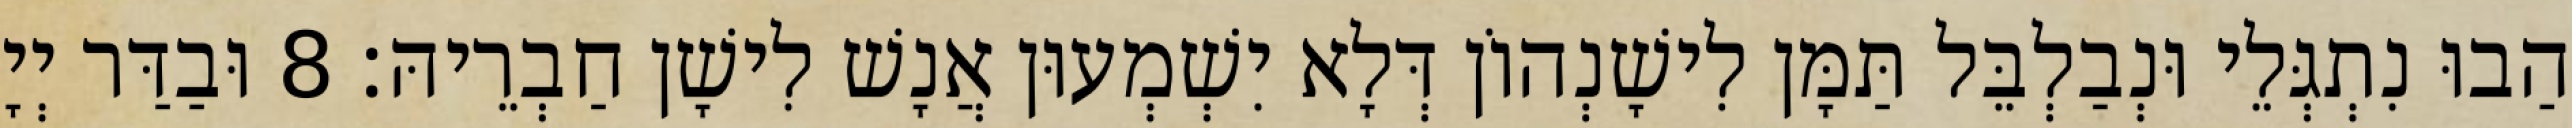
הַבוּ נִתְגְּלֵי וּנְבַלְבֵּל תַּמָּן לִישָׁנְהוֹן דְּלָא יִשְׁמְעוּן אֲנָשׁ לִישָׁן חַבְרֵיהּ׃ 8 וּבַדַּר יְיָ